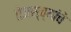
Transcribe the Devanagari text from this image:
तेजस्व्यांचे